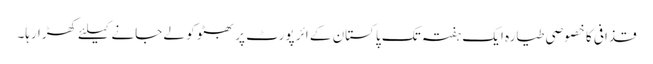
قذافی کا خصوصی طیارہ ایک ہفتہ تک پاکستان کے ائر پورٹ پر بھٹو کو لے جانے کیلئے کھڑا رہا۔